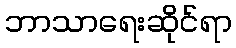
ဘာသာရေးဆိုင်ရာ